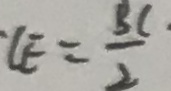
\cdot C E = \frac { B C } { 2 }